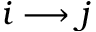
i \longrightarrow j